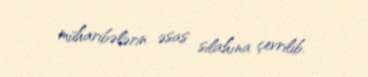
müharibələrin əsas silahına çevrilib.